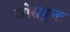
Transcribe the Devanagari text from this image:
जोसंयुक्त